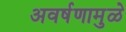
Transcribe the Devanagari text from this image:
अवर्षणामुळे